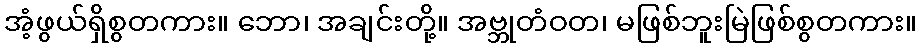
အံ့ဖွယ်ရှိစွတကား။ ဘော၊ အချင်းတို့။ အဗ္ဘုတံဝတ၊ မဖြစ်ဘူးမြဲဖြစ်စွတကား။